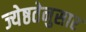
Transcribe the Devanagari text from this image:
ज्येष्ठतेनुसार